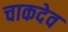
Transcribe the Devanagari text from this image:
चाकदेव